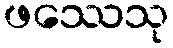
ဖဿေသု